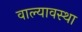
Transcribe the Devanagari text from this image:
वाल्यावस्था